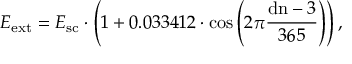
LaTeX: E _ { \mathrm { { e x t } } } = E _ { \mathrm { { s c } } } \cdot \left( 1 + 0 . 0 3 3 4 1 2 \cdot \cos \left( 2 \pi { \frac { \mathrm { { d n } } - 3 } { 3 6 5 } } \right) \right) ,